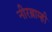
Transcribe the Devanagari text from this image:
नीरब्राम्‍ही